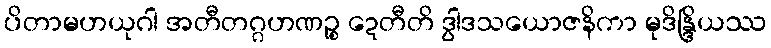
ပိတာမဟယုဂါ အတီတဂ္ဂဟဏဉ္စ ဍေတီတိ ဒွါဒသယောဇနိကာ မုဒိန္ဒြိယဿ